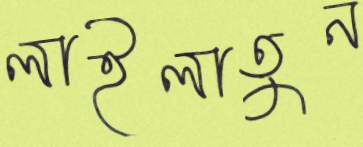
লাইলাতুন